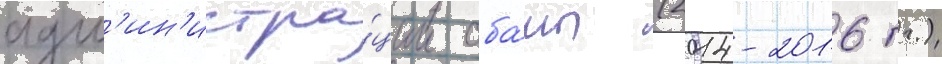
адм'ин'истра́ции оба́мы (2014-2016 гг.)